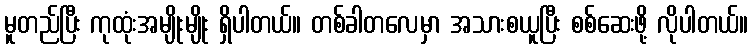
မူတည်ပြီး ကုထုံးအမျိုးမျိုး ရှိပါတယ်။ တစ်ခါတလေမှာ အသားစယူပြီး စစ်ဆေးဖို့ လိုပါတယ်။